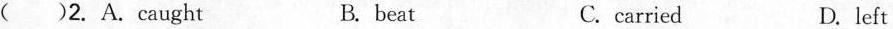
() 2.Acaught. B.beat C.carried D.left